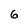
Character: 6